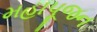
મહાપૂજન